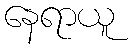
နေရာယူ